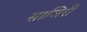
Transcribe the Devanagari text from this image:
साजिरी